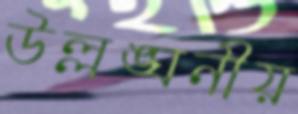
উল্লঙ্ঘনীয়